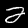
Label: 2